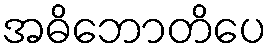
အဓိဘောတိပေ